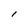
Character: l